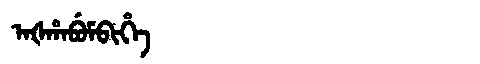
Manchu: ᠠᡧᡥᠠᠪᡠᠮᠪᡳᡥᡝ
Romanization: AŠHABUMBIHE